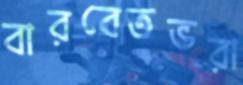
বারবেতভরা